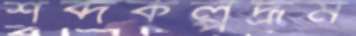
শব্দকল্পদ্রূম